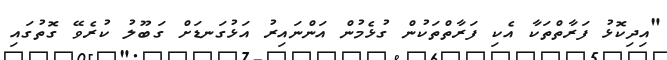
"އިދިކޮޅު ފަރާތްތަކާ އެކި ފަރާތްތަކުން ގުޅެމުން އަންނައިރު އަޅުގަނޑަށް ގަބޫލު ކުރެވޭ ގޮތުގައި